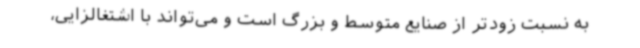
به نسبت زودتر از صنایع متوسط و بزرگ است و می‌تواند با اشتغالزایی،